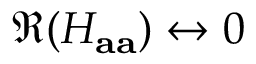
\Re ( H _ { \mathbf { a a } } ) \leftrightarrow 0